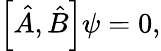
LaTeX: \left[{\hat{A}},{\hat{B}}\right]\psi=0,